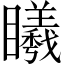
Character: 䂀